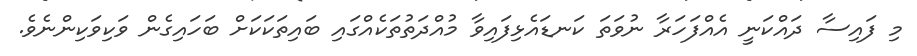
މި ފައިސާ ދައްކަނީ އެއްފަހަރާ ނުވަތަ ކަނޑައެޅިފައިވާ މުއްދަތުތަކެއްގައި ބައިތަކަކަށް ބަހައިގެން ވަކިވަކިންނެވެ.